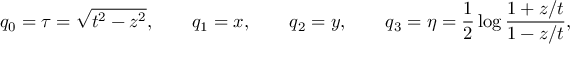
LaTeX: q _ { 0 } = \tau = \sqrt { t ^ { 2 } - z ^ { 2 } } , \qquad q _ { 1 } = x , \qquad q _ { 2 } = y , \qquad q _ { 3 } = \eta = \frac { 1 } { 2 } \log \frac { 1 + z / t } { 1 - z / t } ,